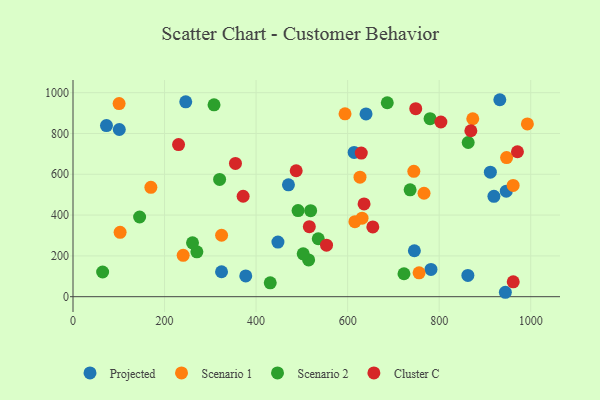
{"axis": {"x": "Speed", "y": "Profit"}, "legend": ["Cluster C", "Projected", "Scenario 1", "Scenario 2"], "data": [{"x": "911.8", "y": 610.1, "type": "Projected"}, {"x": "862.7", "y": 104.3, "type": "Projected"}, {"x": "377.4", "y": 102.0, "type": "Projected"}, {"x": "614.2", "y": 707.2, "type": "Projected"}, {"x": "745.8", "y": 225.1, "type": "Projected"}, {"x": "919.6", "y": 491.8, "type": "Projected"}, {"x": "470.7", "y": 548.4, "type": "Projected"}, {"x": "101.1", "y": 819.5, "type": "Projected"}, {"x": "640.2", "y": 895.9, "type": "Projected"}, {"x": "944.6", "y": 21.7, "type": "Projected"}, {"x": "782.1", "y": 133.6, "type": "Projected"}, {"x": "246.3", "y": 955.1, "type": "Projected"}, {"x": "447.7", "y": 267.8, "type": "Projected"}, {"x": "324.5", "y": 122.3, "type": "Projected"}, {"x": "932.5", "y": 965.4, "type": "Projected"}, {"x": "946.6", "y": 517.3, "type": "Projected"}, {"x": "73.1", "y": 838.7, "type": "Projected"}, {"x": "873.4", "y": 872.1, "type": "Scenario 1"}, {"x": "947.3", "y": 682.0, "type": "Scenario 1"}, {"x": "324.6", "y": 301.1, "type": "Scenario 1"}, {"x": "992.7", "y": 846.7, "type": "Scenario 1"}, {"x": "627.0", "y": 585.9, "type": "Scenario 1"}, {"x": "170.1", "y": 536.3, "type": "Scenario 1"}, {"x": "766.9", "y": 507.1, "type": "Scenario 1"}, {"x": "240.7", "y": 202.9, "type": "Scenario 1"}, {"x": "594.3", "y": 896.4, "type": "Scenario 1"}, {"x": "615.9", "y": 367.8, "type": "Scenario 1"}, {"x": "100.7", "y": 946.4, "type": "Scenario 1"}, {"x": "631.5", "y": 384.9, "type": "Scenario 1"}, {"x": "744.6", "y": 614.5, "type": "Scenario 1"}, {"x": "961.6", "y": 545.3, "type": "Scenario 1"}, {"x": "756.1", "y": 116.9, "type": "Scenario 1"}, {"x": "102.9", "y": 315.4, "type": "Scenario 1"}, {"x": "686.6", "y": 950.5, "type": "Scenario 2"}, {"x": "514.8", "y": 180.3, "type": "Scenario 2"}, {"x": "519.2", "y": 421.8, "type": "Scenario 2"}, {"x": "145.5", "y": 390.6, "type": "Scenario 2"}, {"x": "535.8", "y": 284.0, "type": "Scenario 2"}, {"x": "308.1", "y": 940.6, "type": "Scenario 2"}, {"x": "64.7", "y": 121.1, "type": "Scenario 2"}, {"x": "502.9", "y": 210.2, "type": "Scenario 2"}, {"x": "430.9", "y": 68.1, "type": "Scenario 2"}, {"x": "270.6", "y": 220.0, "type": "Scenario 2"}, {"x": "780.1", "y": 872.4, "type": "Scenario 2"}, {"x": "723.1", "y": 112.5, "type": "Scenario 2"}, {"x": "320.3", "y": 575.0, "type": "Scenario 2"}, {"x": "261.1", "y": 264.3, "type": "Scenario 2"}, {"x": "736.5", "y": 523.7, "type": "Scenario 2"}, {"x": "863.4", "y": 755.8, "type": "Scenario 2"}, {"x": "491.7", "y": 422.1, "type": "Scenario 2"}, {"x": "971.0", "y": 710.4, "type": "Cluster C"}, {"x": "487.6", "y": 617.3, "type": "Cluster C"}, {"x": "629.8", "y": 704.1, "type": "Cluster C"}, {"x": "553.9", "y": 252.3, "type": "Cluster C"}, {"x": "230.6", "y": 745.6, "type": "Cluster C"}, {"x": "371.7", "y": 492.4, "type": "Cluster C"}, {"x": "516.3", "y": 343.1, "type": "Cluster C"}, {"x": "354.9", "y": 653.4, "type": "Cluster C"}, {"x": "961.8", "y": 72.9, "type": "Cluster C"}, {"x": "635.9", "y": 454.5, "type": "Cluster C"}, {"x": "655.0", "y": 342.2, "type": "Cluster C"}, {"x": "803.7", "y": 856.3, "type": "Cluster C"}, {"x": "869.2", "y": 813.4, "type": "Cluster C"}, {"x": "748.8", "y": 921.5, "type": "Cluster C"}]}